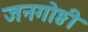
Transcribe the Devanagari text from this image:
जनगोष्ठी